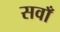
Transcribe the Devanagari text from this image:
सवाँ